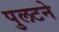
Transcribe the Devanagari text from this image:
पुलटने